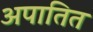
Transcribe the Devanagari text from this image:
अपातित